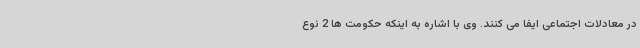
در معادلات اجتماعی ایفا می کنند. وی با اشاره به اینکه حکومت ها 2 نوع